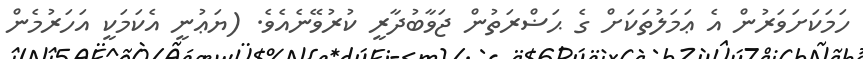
ހަމަކަށަވަރުން އެ ޢަމަލުތަކަށް ގެ ޙަޟްރަތުން ޖަވާބުދާރީ ކުރުވޭނެއެވެ. (ޔަޢުނީ އެކަމަކީ އަހަރުމެން